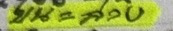
บน = ล่าง